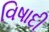
વિષાદી